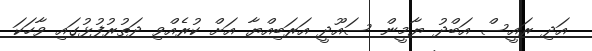
އަދި ރައީސް އަބްދު ޔާމީން ސައޫދީ އަރަބިއްޔާ އަށް ކުރެއްވި ދަތުރުފުޅުގައި ވާހަކަ